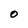
Character: O